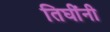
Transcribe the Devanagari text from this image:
तिघींनी